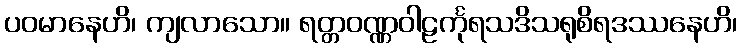
ပဝမာနေဟိ၊ ကျလာသော။ ရတ္တဝဏ္ဏဝါဠင်္ကုရသဒိသရုစိရဒဿနေဟိ၊